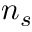
n _ { s }